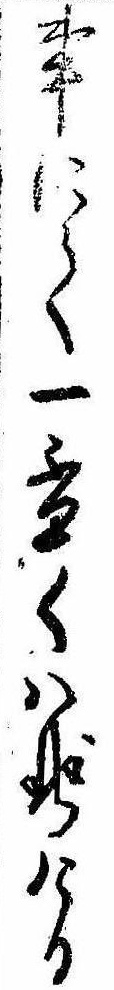
事にて一杯くはせける